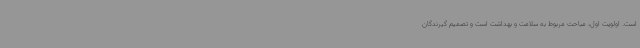
است. اولویت اول، مباحث مربوط به سلامت و بهداشت است و تصمیم گیرندگان